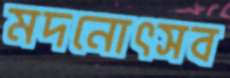
মদনোৎসব